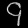
Digit: ၄